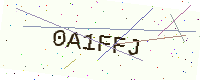
Text: 0A1FFJ